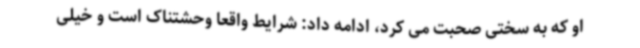
او که به سختی صحبت می کرد، ادامه داد: شرایط واقعا وحشتناک است و خیلی